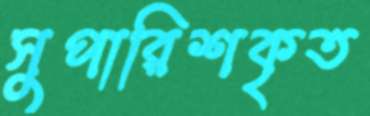
সুপারিশকৃত